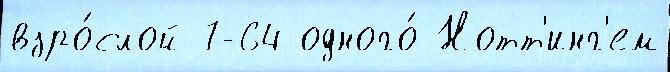
взро́слой 7-64 одного́ Нотт'инг'ем